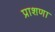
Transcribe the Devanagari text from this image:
प्राशणा